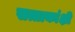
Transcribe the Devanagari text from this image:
सत्ताकांक्षी